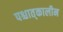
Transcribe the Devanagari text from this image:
पश्चात्‌कालीन